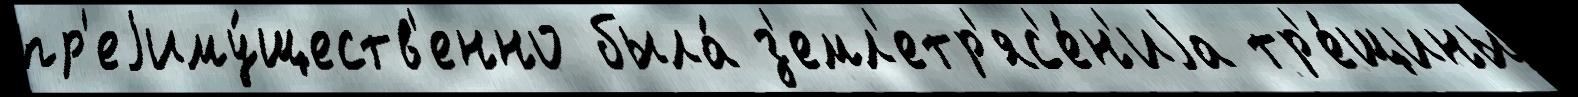
пр'еjиму́ществ'енно была́ з'емл'етр'яс'е́н'иjа тр'е́щины